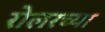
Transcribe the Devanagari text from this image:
रोलरच्या